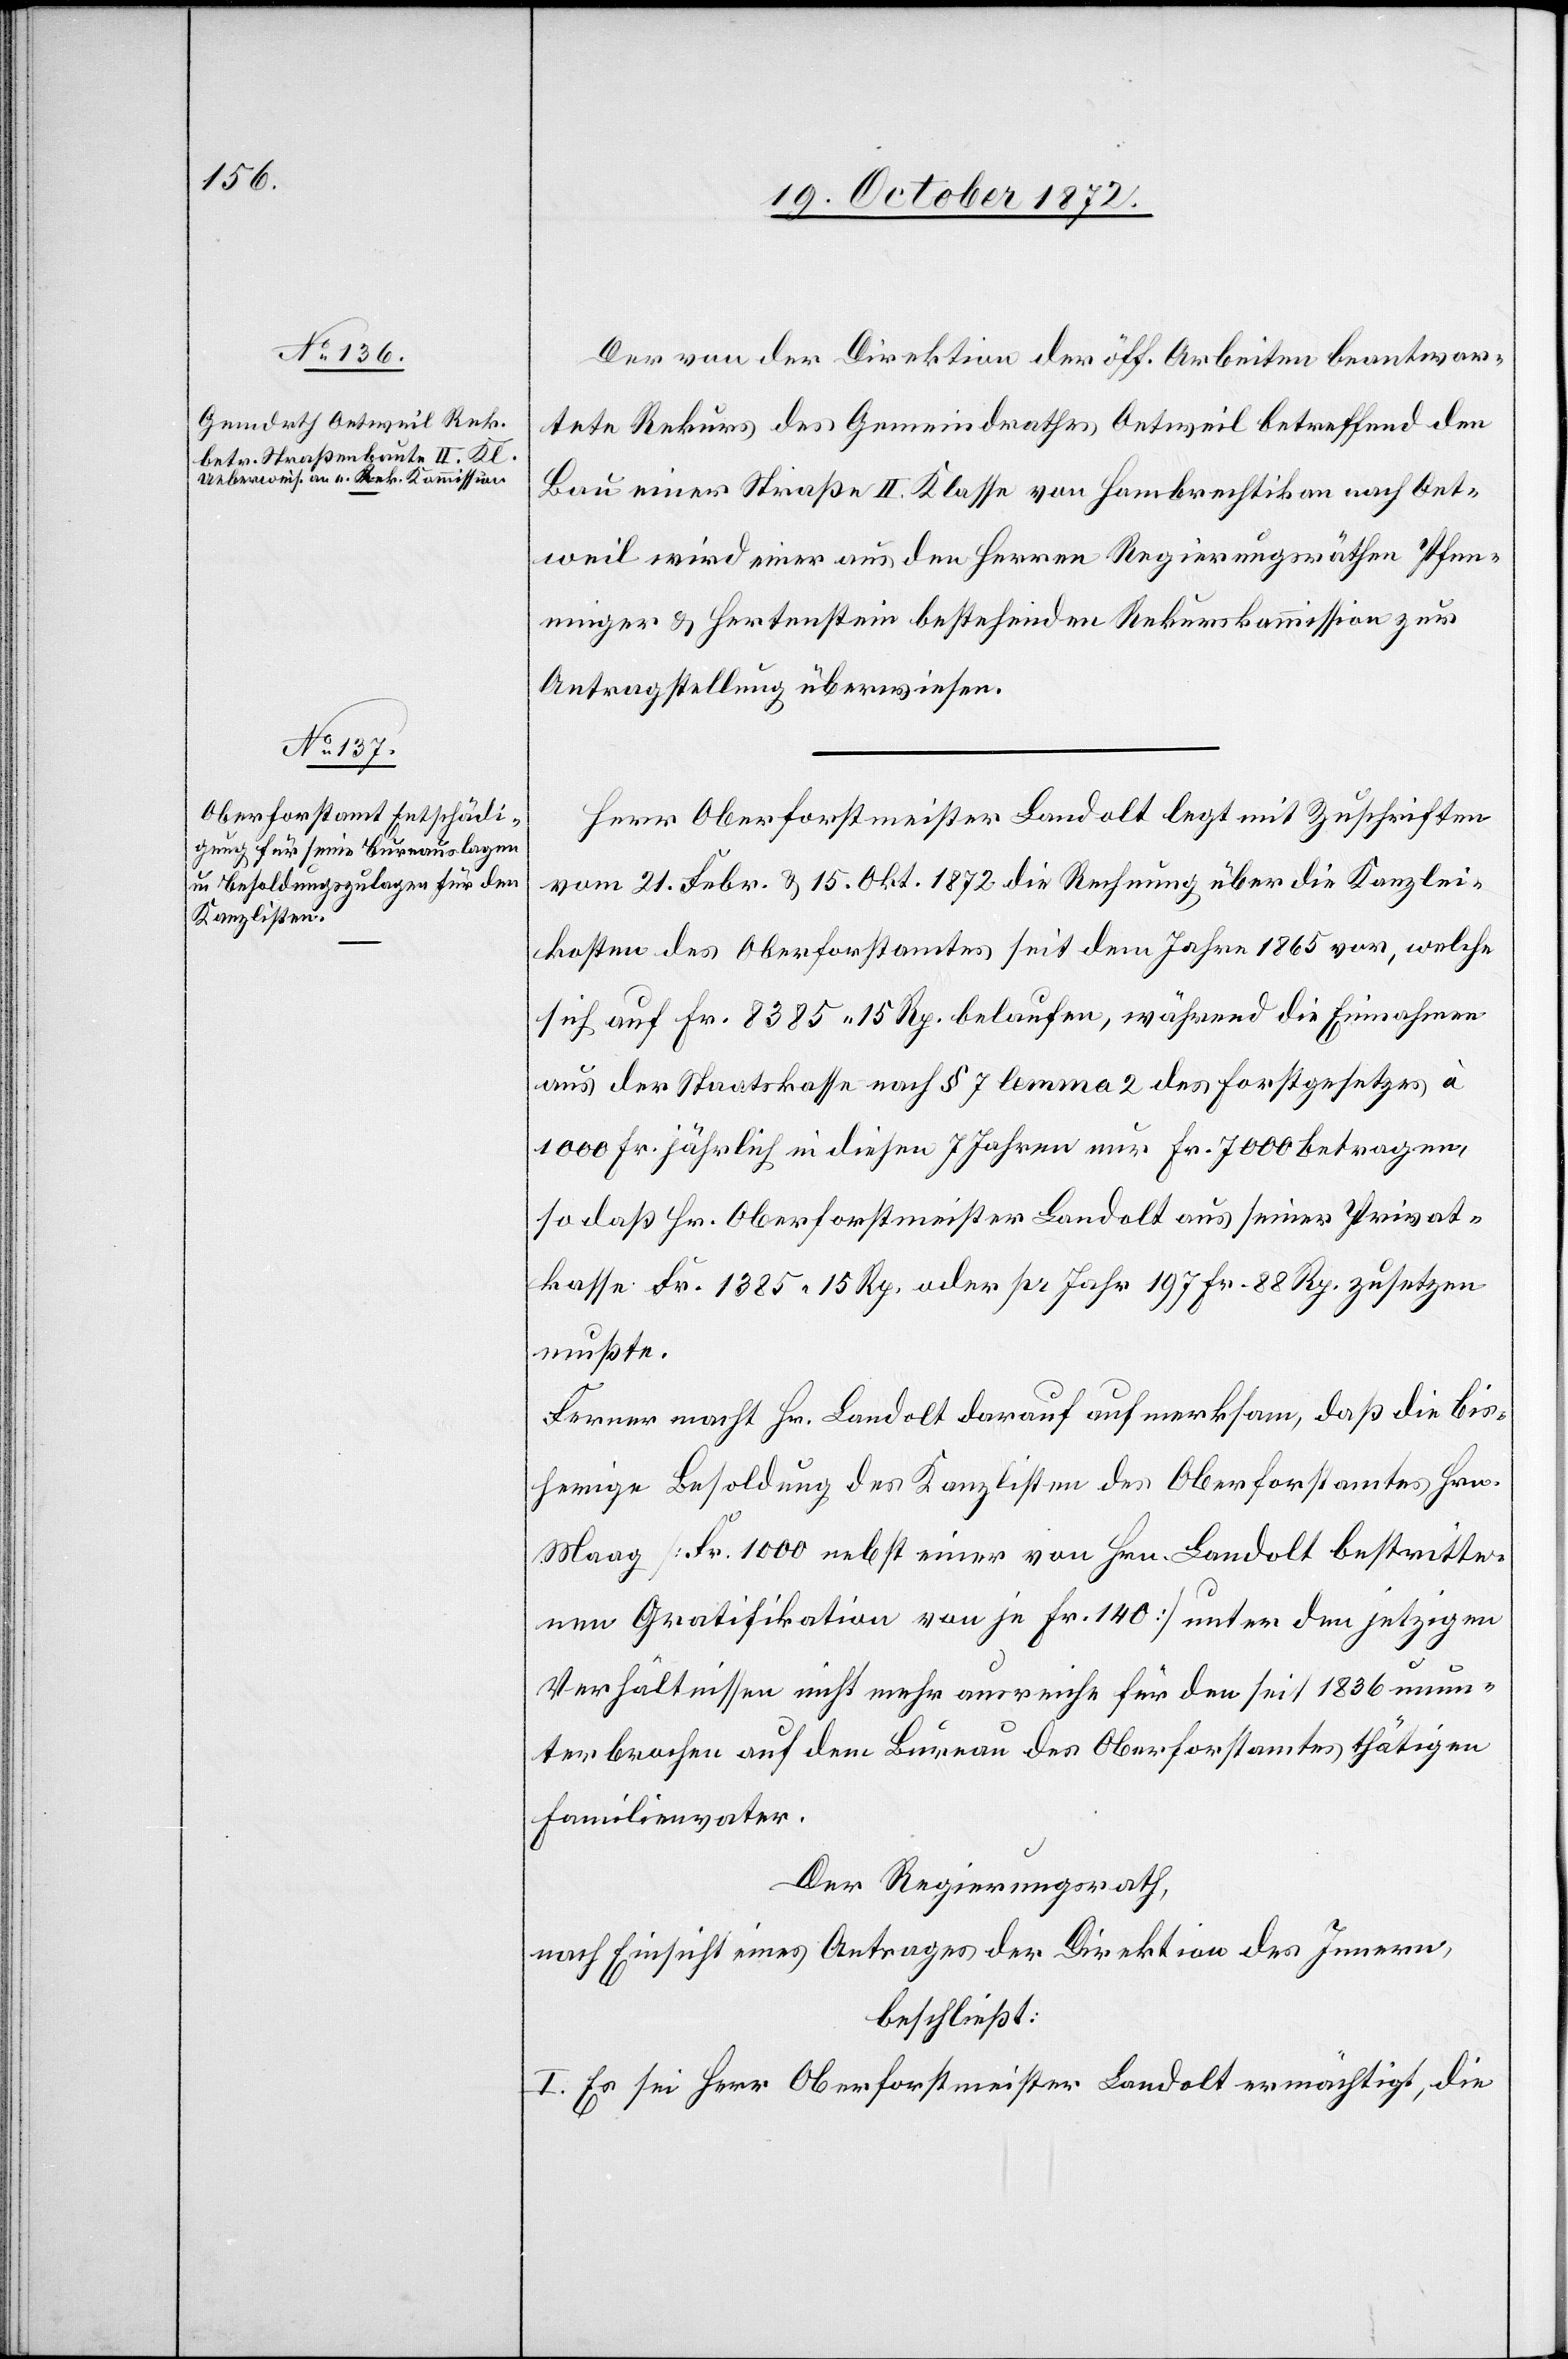
Der von der Direktion der öff. Arbeiten beantwor¬
tete Rekurs des Gemeindrathes Oetweil betreffend den
Bau einer Straße II. Klasse von Hombrechtikon nach Oet¬
weil wird einer aus den Herren Regierungsräthen Pfen¬
ninger u. Hertenstein bestehenden Rekurskommission zur
Antragstellung überwiesen.
Herr Oberforstmeister Landolt legt mit Zuschriften
vom 21. Febr. u. 15. Okt. 1872 die Rechnung über die Kanzlei¬
kosten des Oberforstamtes seit dem Jahre 1865 vor, welche
sich auf Fr. 8385 15 Rp. belaufen, während die Einnahmen
aus der Staatskasse nach § 7 lemma 2 des Forstgesetzes à
1000 Fr. jährlich in diesen 7 Jahren nur Fr. 7000 betragen,
so daß Hr. Oberforstmeister Landolt aus seiner Privat¬
kasse Fr. 1385 15 Rp. oder pr Jahr 197 Fr. 88 Rp. zusetzen
mußte.
Ferner macht Hr. Landolt darauf aufmerksam, daß die bis¬
herige Besoldung des Kanzlisten des Oberforstamtes Hrn.
Maag [Fr. 1000 nebst einer von Hrn. Landolt bestritte¬
nen Gratifikation von je Fr. 140] unter den jetzigen
Verhältnissen nicht mehr ausreiche für den seit 1836 unun¬
terbrochen auf dem Bureau des Oberforstamtes thätigen
Familienvater.
Der Regierungsrath,
nach Einsicht eines Antrages der Direktion des Innern,
beschließt:
I. Es sei Herr Oberforstmeister Landolt ermächtigt, die